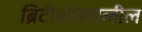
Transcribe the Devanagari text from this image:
ब्रिटीशांखालील